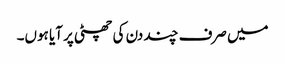
میں صرف چند دن کی چھٹی پر آیا ہوں۔